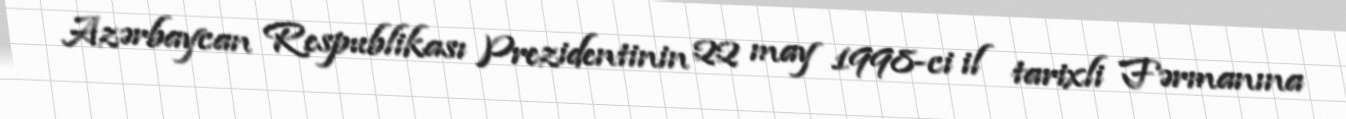
Azərbaycan Respublikası Prezidentinin 22 may 1998-ci il tarixli Fərmanına